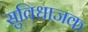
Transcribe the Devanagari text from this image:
सुविधाजक